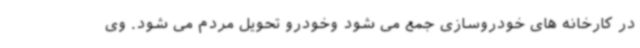
در کارخانه های خودروسازی جمع می شود وخودرو تحویل مردم می شود. وی